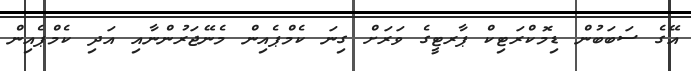
އޭގެ ސަބަބުން ޑިމޮކްރަޓިކް ޕާރޓީގެ ވަރަށް ގިނަ ކެމްޕެއިން މެނޭޖަރުންނާއި އަދި ކެމްޕެއިން